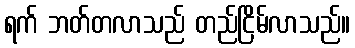
ရက် ဘတ်တလာသည် တည်ငြိမ်လာသည်။